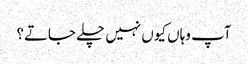
آپ وہاں کیوں نہیں چلے جاتے؟